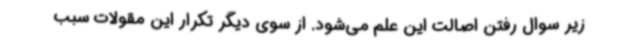
زیر سوال رفتن اصالت این علم می‌شود. از سوی دیگر تکرار این مقولات سبب